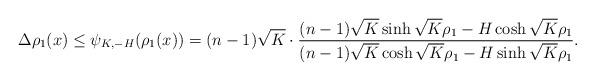
LaTeX: \begin{align*}\Delta \rho_1(x) \leq \psi_{K,-H} (\rho_1(x))= (n-1)\sqrt K\cdot\frac{(n-1)\sqrt K\sinh\sqrt K\rho_1 -H\cosh\sqrt K\rho_1}{(n-1)\sqrt K\cosh\sqrt K\rho_1 -H\sinh\sqrt K\rho_1}.\end{align*}